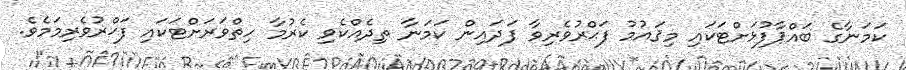
ކަމަނާގެ ބައްޕާފުޅަށްޓަކައި މިޤައުމު ފަޙްރުވެރިވާ ފަދައިން ކަމަނާ ތިދެއްކެވި ކެރުމާ ހިތްވަރަށްޓަކައި ފަޚްރުވެރިމަމެވެ.